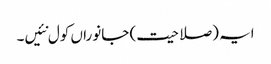
ایہ (صلاحیت) جانوراں کول نئیں۔